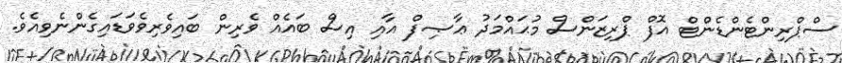
ސްޕްރިންޓެންޑެންޓް އޮފް ޕްރިޒަންސް މުޙައްމަދު ޢާޞިފް އާއި އިސް ބައެއް ވެރިން ބައިވެރިވެވަޑައިގެންނެވިއެވެ.